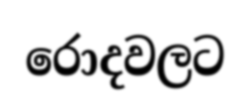
රොදවලට